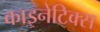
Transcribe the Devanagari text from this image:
काइनेटिक्स